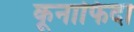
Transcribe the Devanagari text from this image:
कूनाफिदा